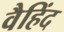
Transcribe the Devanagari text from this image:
वैहिंद